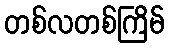
တစ်လတစ်ကြိမ်